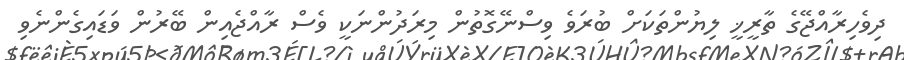
ދިވެހިރާއްޖޭގެ ތާރީޚީ ލިޔުންތަކަށް ބުރަވެ ވިސްނޭގޮތުން މިރަދުންނަކީ ވެސް ރާއްޖެއިން ބޭރުން ވަޑައިގެންނެވި